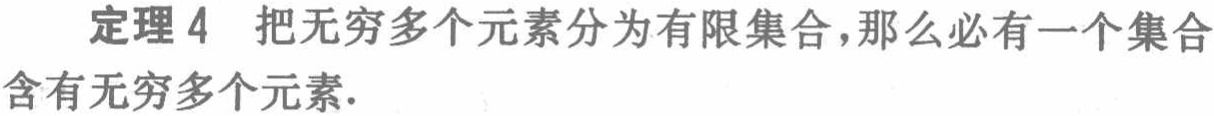
定理 4 把无穷多个元素分为有限集合,那么必有一个集合含有无穷多个元素.